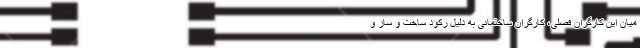
میان این کارگران فصلی، کارگران ساختمانی به دلیل رکود ساخت و ساز و